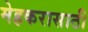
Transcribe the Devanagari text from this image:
मेहकरासाठी